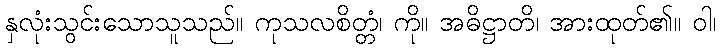
နှလုံးသွင်းသောသူသည်။ ကုသလစိတ္တံ၊ ကို။ အဓိဋ္ဌာတိ၊ အားထုတ်၏။ ဝါ၊